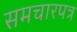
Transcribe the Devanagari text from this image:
समचारपत्र